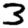
Digit: 3